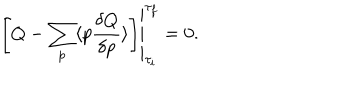
LaTeX: \left. \left[ Q - \sum _ { p } \langle p { \frac { \delta Q } { \delta p } } \rangle \right] \right| _ { { \tau _ { i } } } ^ { \tau _ { f } } = 0 .